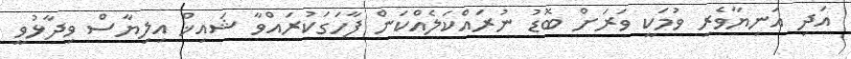
އަދި އަނިޔާވެރި ވުމަކީ ވަރަށް ބޮޑު ނުރައްކަލެއްކަން ފާހަަގަކުރައްވާ ޝައިޚް އިލިޔާސް ވިދާޅުވީ